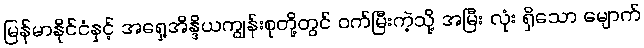
မြန်မာနိုင်ငံနှင့် အရှေ့အိန္ဒိယကျွန်းစုတို့တွင် ဝက်မြီးကဲ့သို့ အမြီး လုံး ရှိသော မျောက်